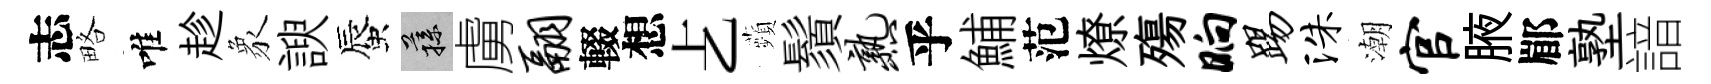
志略唯趁象諛蜃蓀虜翮輟想𠧒蘋鬚熟乎鯆范燎殤晌踢洙潮官腋郿塾諳